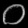
Digit: ၀